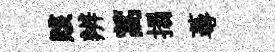
賅辨蒿搨蕚